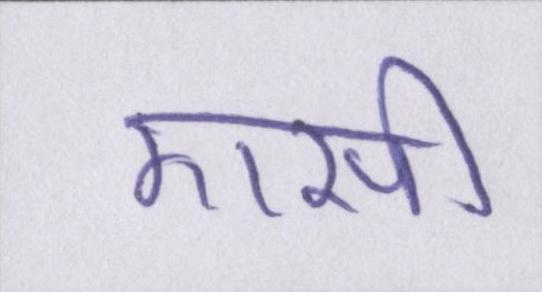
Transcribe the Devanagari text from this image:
एसी